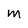
Character: M